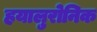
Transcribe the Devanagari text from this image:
हयालुरोनिक